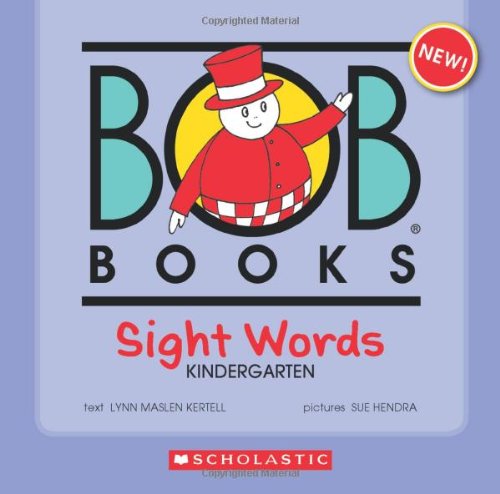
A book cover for Bob Books Sight Words: Kindergarten; Lynn Maslen Kertell; Reference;